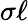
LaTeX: \sigma\ell